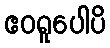
ဧဝရူပေါပိ